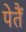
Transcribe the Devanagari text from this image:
पेतैं